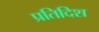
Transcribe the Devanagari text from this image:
प्रतिदिश